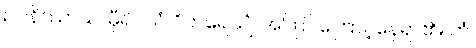
ဥပနိဿာယ၊ မှီ၍။ ယံ ဝိဟရေယျံ၊ အကြင်ကြောင့်နေရာ၏။ တံ၊